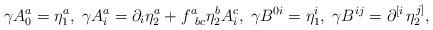
LaTeX: \begin{align*}\gamma A_0^a=\eta _1^a,\;\gamma A_i^a=\partial _i\eta _2^a+f_{\;\;bc}^a\eta_2^bA_i^c,\;\gamma B^{0i}=\eta _1^i,\;\gamma B^{ij}=\partial ^{\left[i\right. }\eta _2^{\left. j\right] },\end{align*}